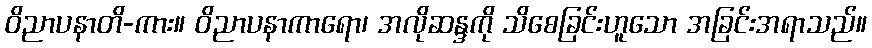
ဝိညာပနာတိ-ကား။ ဝိညာပနာကာရော၊ အလိုဆန္ဒကို သိစေခြင်းဟူသော အခြင်းအရာသည်။